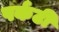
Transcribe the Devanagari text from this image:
पर्कटी